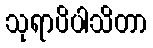
သုရာပိပါသိတာ